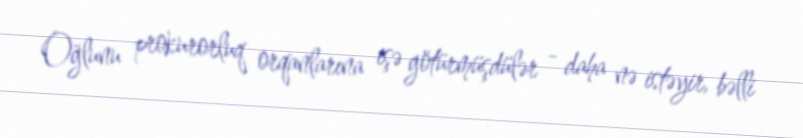
Oğlunu prokurorluq orqanlarına işə götürmüşdülər - daha nə istəyir, bəlli